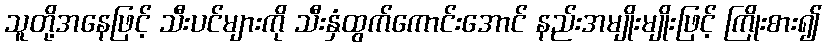
သူတို့အနေဖြင့် သီးပင်များကို သီးနှံထွက်ကောင်းအောင် နည်းအမျိုးမျိုးဖြင့် ကြိုးစား၍